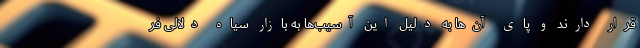
قرار دارند و پای آن‌ها به دلیل این آسیب‌ها به بازار سیاه دلالی فر